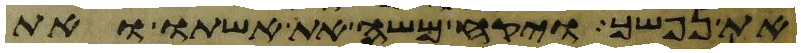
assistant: את נפשך ויקח משה את אשתו ואת